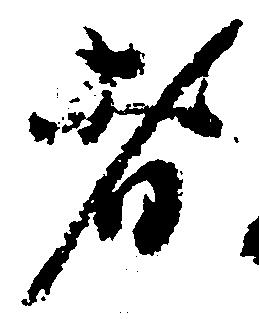
者